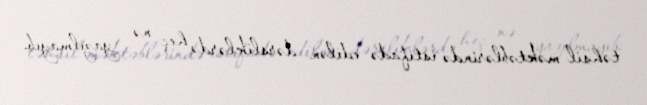
təhsil məktəblərində istifadə edilən dərsliklərdə heç nə yazılmayıb.